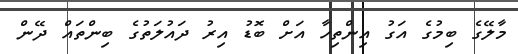
މާލޭގެ ބިމުގެ އަގު އިންތިހާ އަށް ބޮޑު އިރު ދައުލަތުގެ ބިންތައް ދޭން